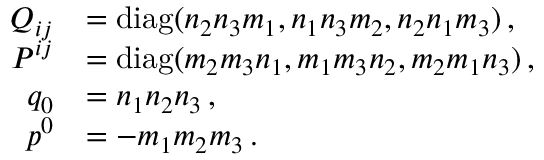
\begin{array} { r l } { { Q _ { i j } } } & { { = \mathrm { d i a g } ( n _ { 2 } n _ { 3 } m _ { 1 } , n _ { 1 } n _ { 3 } m _ { 2 } , n _ { 2 } n _ { 1 } m _ { 3 } ) \, , } } \\ { { P ^ { i j } } } & { { = \mathrm { d i a g } ( m _ { 2 } m _ { 3 } n _ { 1 } , m _ { 1 } m _ { 3 } n _ { 2 } , m _ { 2 } m _ { 1 } n _ { 3 } ) \, , } } \\ { { q _ { 0 } } } & { { = n _ { 1 } n _ { 2 } n _ { 3 } \, , } } \\ { { p ^ { 0 } } } & { { = - m _ { 1 } m _ { 2 } m _ { 3 } \, . } } \end{array}